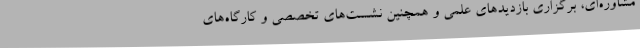
مشاوره‌ای، برگزاری بازدیدهای علمی و همچنین نشست‌های تخصصی و کارگاه‌های